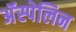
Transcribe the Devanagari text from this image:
अॅस्पेलिन